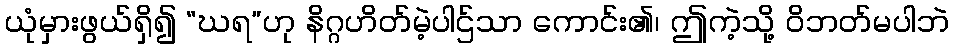
ယုံမှားဖွယ်ရှိ၍ “ဃရ”ဟု နိဂ္ဂဟိတ်မဲ့ပါဌ်သာ ကောင်း၏၊ ဤကဲ့သို့ ဝိဘတ်မပါဘဲ